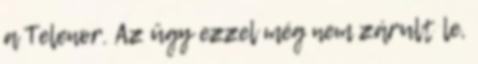
a Telenor. Az ügy ezzel még nem zárult le,